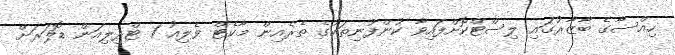
ހިއްސާގެ ބާޒާރުގައި ލިސްޓްކޮށްފައިވާ ކުންފުނިތަކުގެ ތެރެއިން މާކެޓް ވެލިއު 1 ޓްރިލިއަން ޑޮލަރަށް